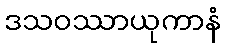
ဒသဝဿာယုကာနံ